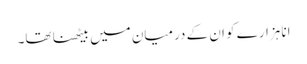
انا ہزارے کو ان کے درمیان میں بیٹھنا تھا۔